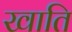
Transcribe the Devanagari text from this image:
खाति